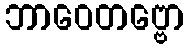
ဘာဝေတဗ္ဗော